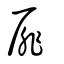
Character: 扉